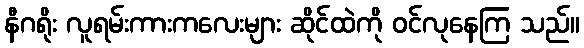
နီဂရိုး လူရမ်းကားကလေးများ ဆိုင်ထဲကို ဝင်လုနေကြ သည်။